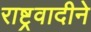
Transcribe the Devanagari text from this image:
राष्ट्रवादीने